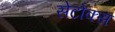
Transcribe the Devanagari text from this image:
सेटोक्स